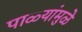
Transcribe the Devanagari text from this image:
पाळ्यांमुळे